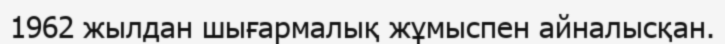
1962 жылдан шығармалық жұмыспен айналысқан.